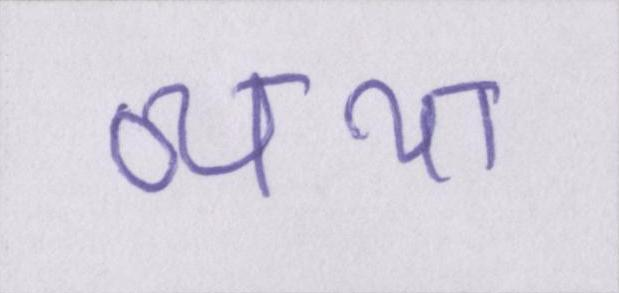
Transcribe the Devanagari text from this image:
व्यथा